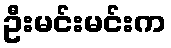
ဦးမင်းမင်းက